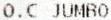
O.C JUMBO